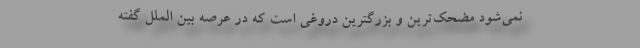
نمی‌شود مضحک‌ترین و بزرگترین دروغی است که در عرصه بین الملل گفته